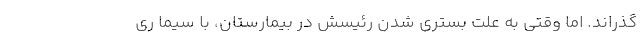
گذراند. اما وقتي به علت بستري شدنِ رئيسش در بيمارستان، با سيما ري